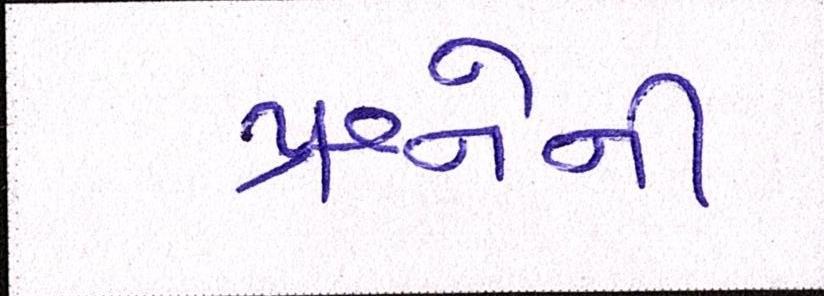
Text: પ્રશ્નોની